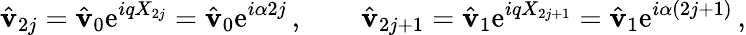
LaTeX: \hat{\mathbf{v}}_{2j}=\hat{\mathbf{v}}_{0}\mathrm{e}^{iqX_{2j}}=\hat{\mathbf{v}}_{0}\mathrm{e}^{i\alpha 2j}\, ,\qquad\hat{\mathbf{v}}_{2j+1}=\hat{\mathbf{v}}_{1}\mathrm{e}^{iqX_{2j+1}}=\hat{\mathbf{v}}_{1}\mathrm{e}^{i\alpha(2j+1)}\, ,